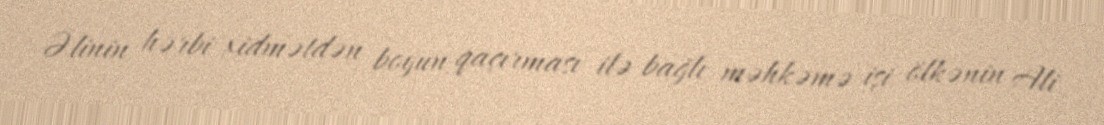
Əlinin hərbi xidmətdən boyun qaçırması ilə bağlı məhkəmə işi ölkənin Ali